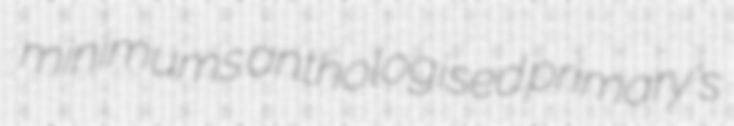
minimums anthologised primary's